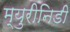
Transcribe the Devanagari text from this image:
म्युरीनिडी